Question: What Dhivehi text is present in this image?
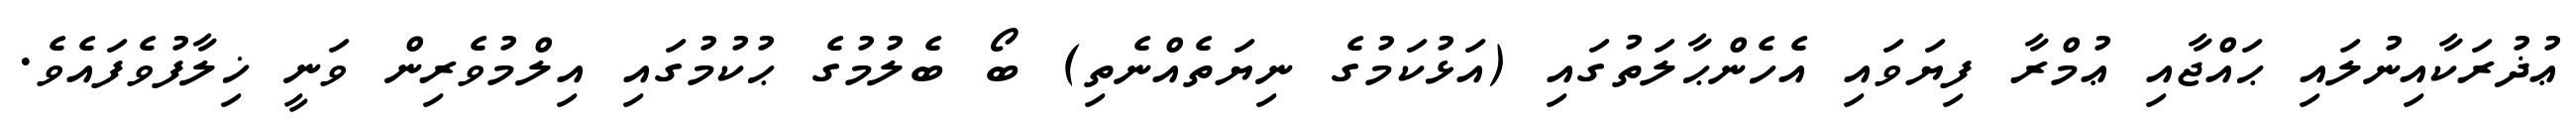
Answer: ޢުޛުރަކާއިނުލައި ޙައްޖާއި ޢުމްރާ ފިޔަވައި އެހެންޙާލަތުގައި (އަޅުކަމުގެ ނިޔަތެއްނެތި) ބޯ ބެލުމުގެ ޙުކުމުގައި އިލްމުވެރިން ވަނީ ޚިލާފުވެފައެވެ.